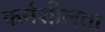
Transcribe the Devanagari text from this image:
कर्मशीलता